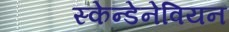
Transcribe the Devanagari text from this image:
स्केन्डेनेवियन